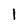
Character: l